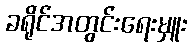
ခရိုင်အတွင်းရေးမှူး